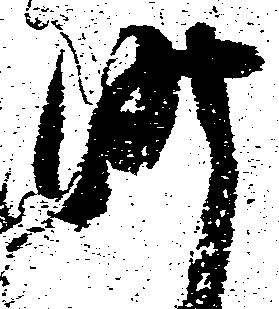
昨